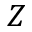
Z